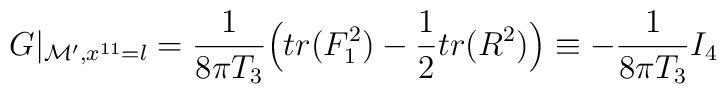
G\vert_{{\cal M}', x^{11}=l}={{1}\over{8\pi T_3}}\Big(tr(F^2_1)-{{1}\over{2}}tr(R^2)\Big)\equiv -{{1}\over{8\pi T_3}} I_4